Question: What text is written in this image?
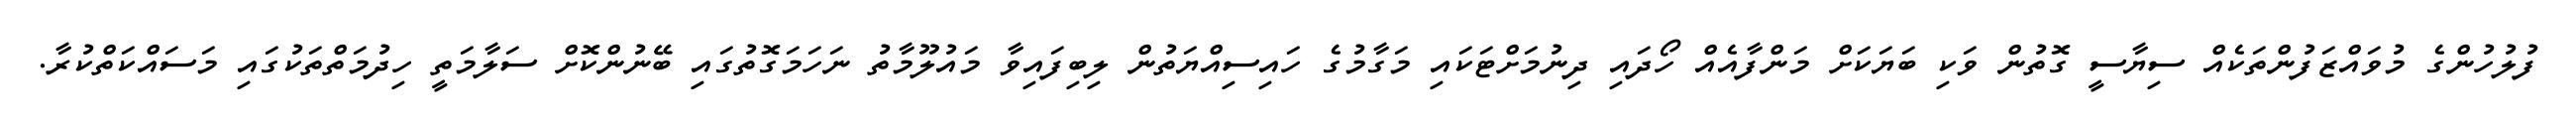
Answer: ފުލުހުންގެ މުވައްޒަފުންތަކެއް ސިޔާސީ ގޮތުން ވަކި ބަޔަކަށް މަންފާއެއް ހޯދައި ދިނުމަށްޓަކައި މަގާމުގެ ހައިސިއްޔަތުން ލިބިފައިވާ މައުލޫމާތު ނަހަމަގޮތުގައި ބޭނުންކޮށް ސަލާމަތީ ހިދުމަތްތަކުގައި މަސައްކަތްކުރާ.